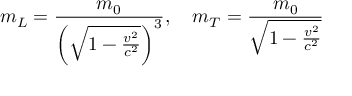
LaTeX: m _ { L } = { \frac { m _ { 0 } } { \left( { \sqrt { 1 - { \frac { v ^ { 2 } } { c ^ { 2 } } } } } \right) ^ { 3 } } } , \quad m _ { T } = { \frac { m _ { 0 } } { \sqrt { 1 - { \frac { v ^ { 2 } } { c ^ { 2 } } } } } }